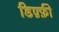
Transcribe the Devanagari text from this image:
डिफ़्फ़ी